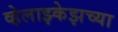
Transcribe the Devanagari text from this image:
व्हेलाझ्केझच्या